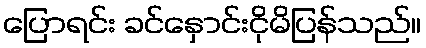
ပြောရင်း ခင်နှောင်းငိုမိပြန်သည်။